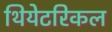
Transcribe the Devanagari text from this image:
थियेटरिकल